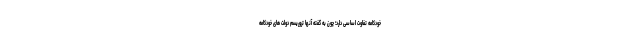
خودکامه تفاوت اساسی دارد؛ چون به گفته آنها تروریسم دولت های خودکامه